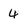
Character: 4